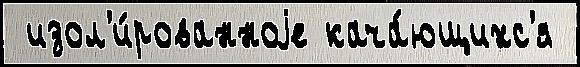
 изол'и́рованноjе кача́ющихс'я